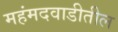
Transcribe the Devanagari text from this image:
महंमदवाडीतील